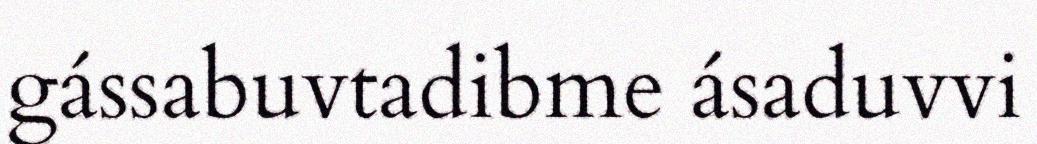
gássabuvtadibme ásaduvvi